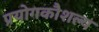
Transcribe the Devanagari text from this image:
प्रयोगकौशल्य